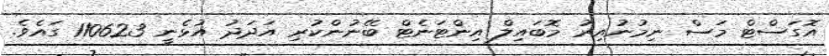
އޮގަސްޓް މަސް ނިމުނުއިރު މޮބައިލް އިންޓަނެޓް ބޭނުންކުރި އަދަދު އުޅެނީ 110623 ގައެވެ.